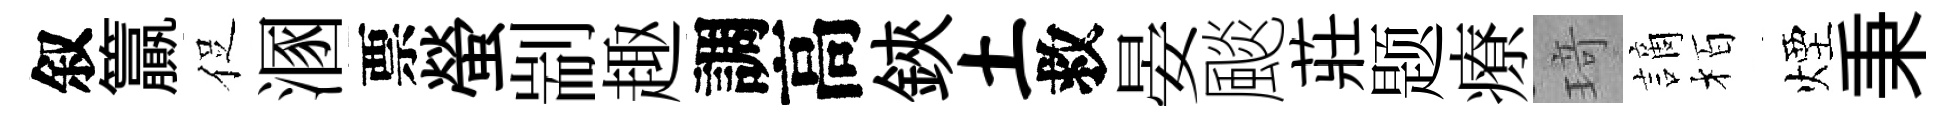
叙籯促溷票螢剬趣調高鋏土救晏颷莊题療𤦺謫栢煙秉